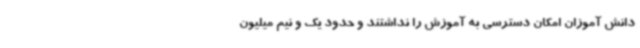
دانش آموزان امکان دسترسی به آموزش را نداشتند و حدود یک و نیم میلیون